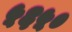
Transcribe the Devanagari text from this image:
५६५०